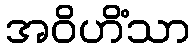
အဝိဟိံသာ